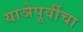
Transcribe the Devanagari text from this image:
याञेपूर्वीचा